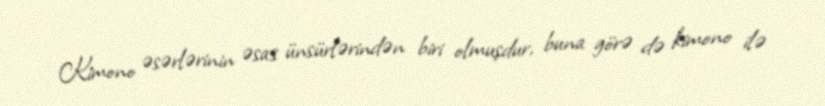
Kimono əsərlərinin əsas ünsürlərindən biri olmuşdur, buna görə də kimono ilə